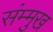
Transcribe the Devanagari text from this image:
संम्मुख